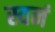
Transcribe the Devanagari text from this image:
स्वनं